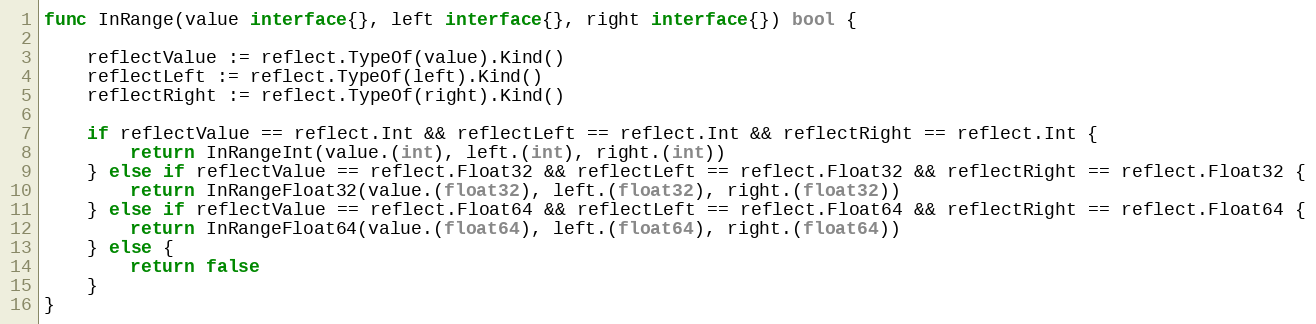
Language: Go
func InRange(value interface{}, left interface{}, right interface{}) bool {

	reflectValue := reflect.TypeOf(value).Kind()
	reflectLeft := reflect.TypeOf(left).Kind()
	reflectRight := reflect.TypeOf(right).Kind()

	if reflectValue == reflect.Int && reflectLeft == reflect.Int && reflectRight == reflect.Int {
		return InRangeInt(value.(int), left.(int), right.(int))
	} else if reflectValue == reflect.Float32 && reflectLeft == reflect.Float32 && reflectRight == reflect.Float32 {
		return InRangeFloat32(value.(float32), left.(float32), right.(float32))
	} else if reflectValue == reflect.Float64 && reflectLeft == reflect.Float64 && reflectRight == reflect.Float64 {
		return InRangeFloat64(value.(float64), left.(float64), right.(float64))
	} else {
		return false
	}
}